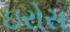
ઇરોસ